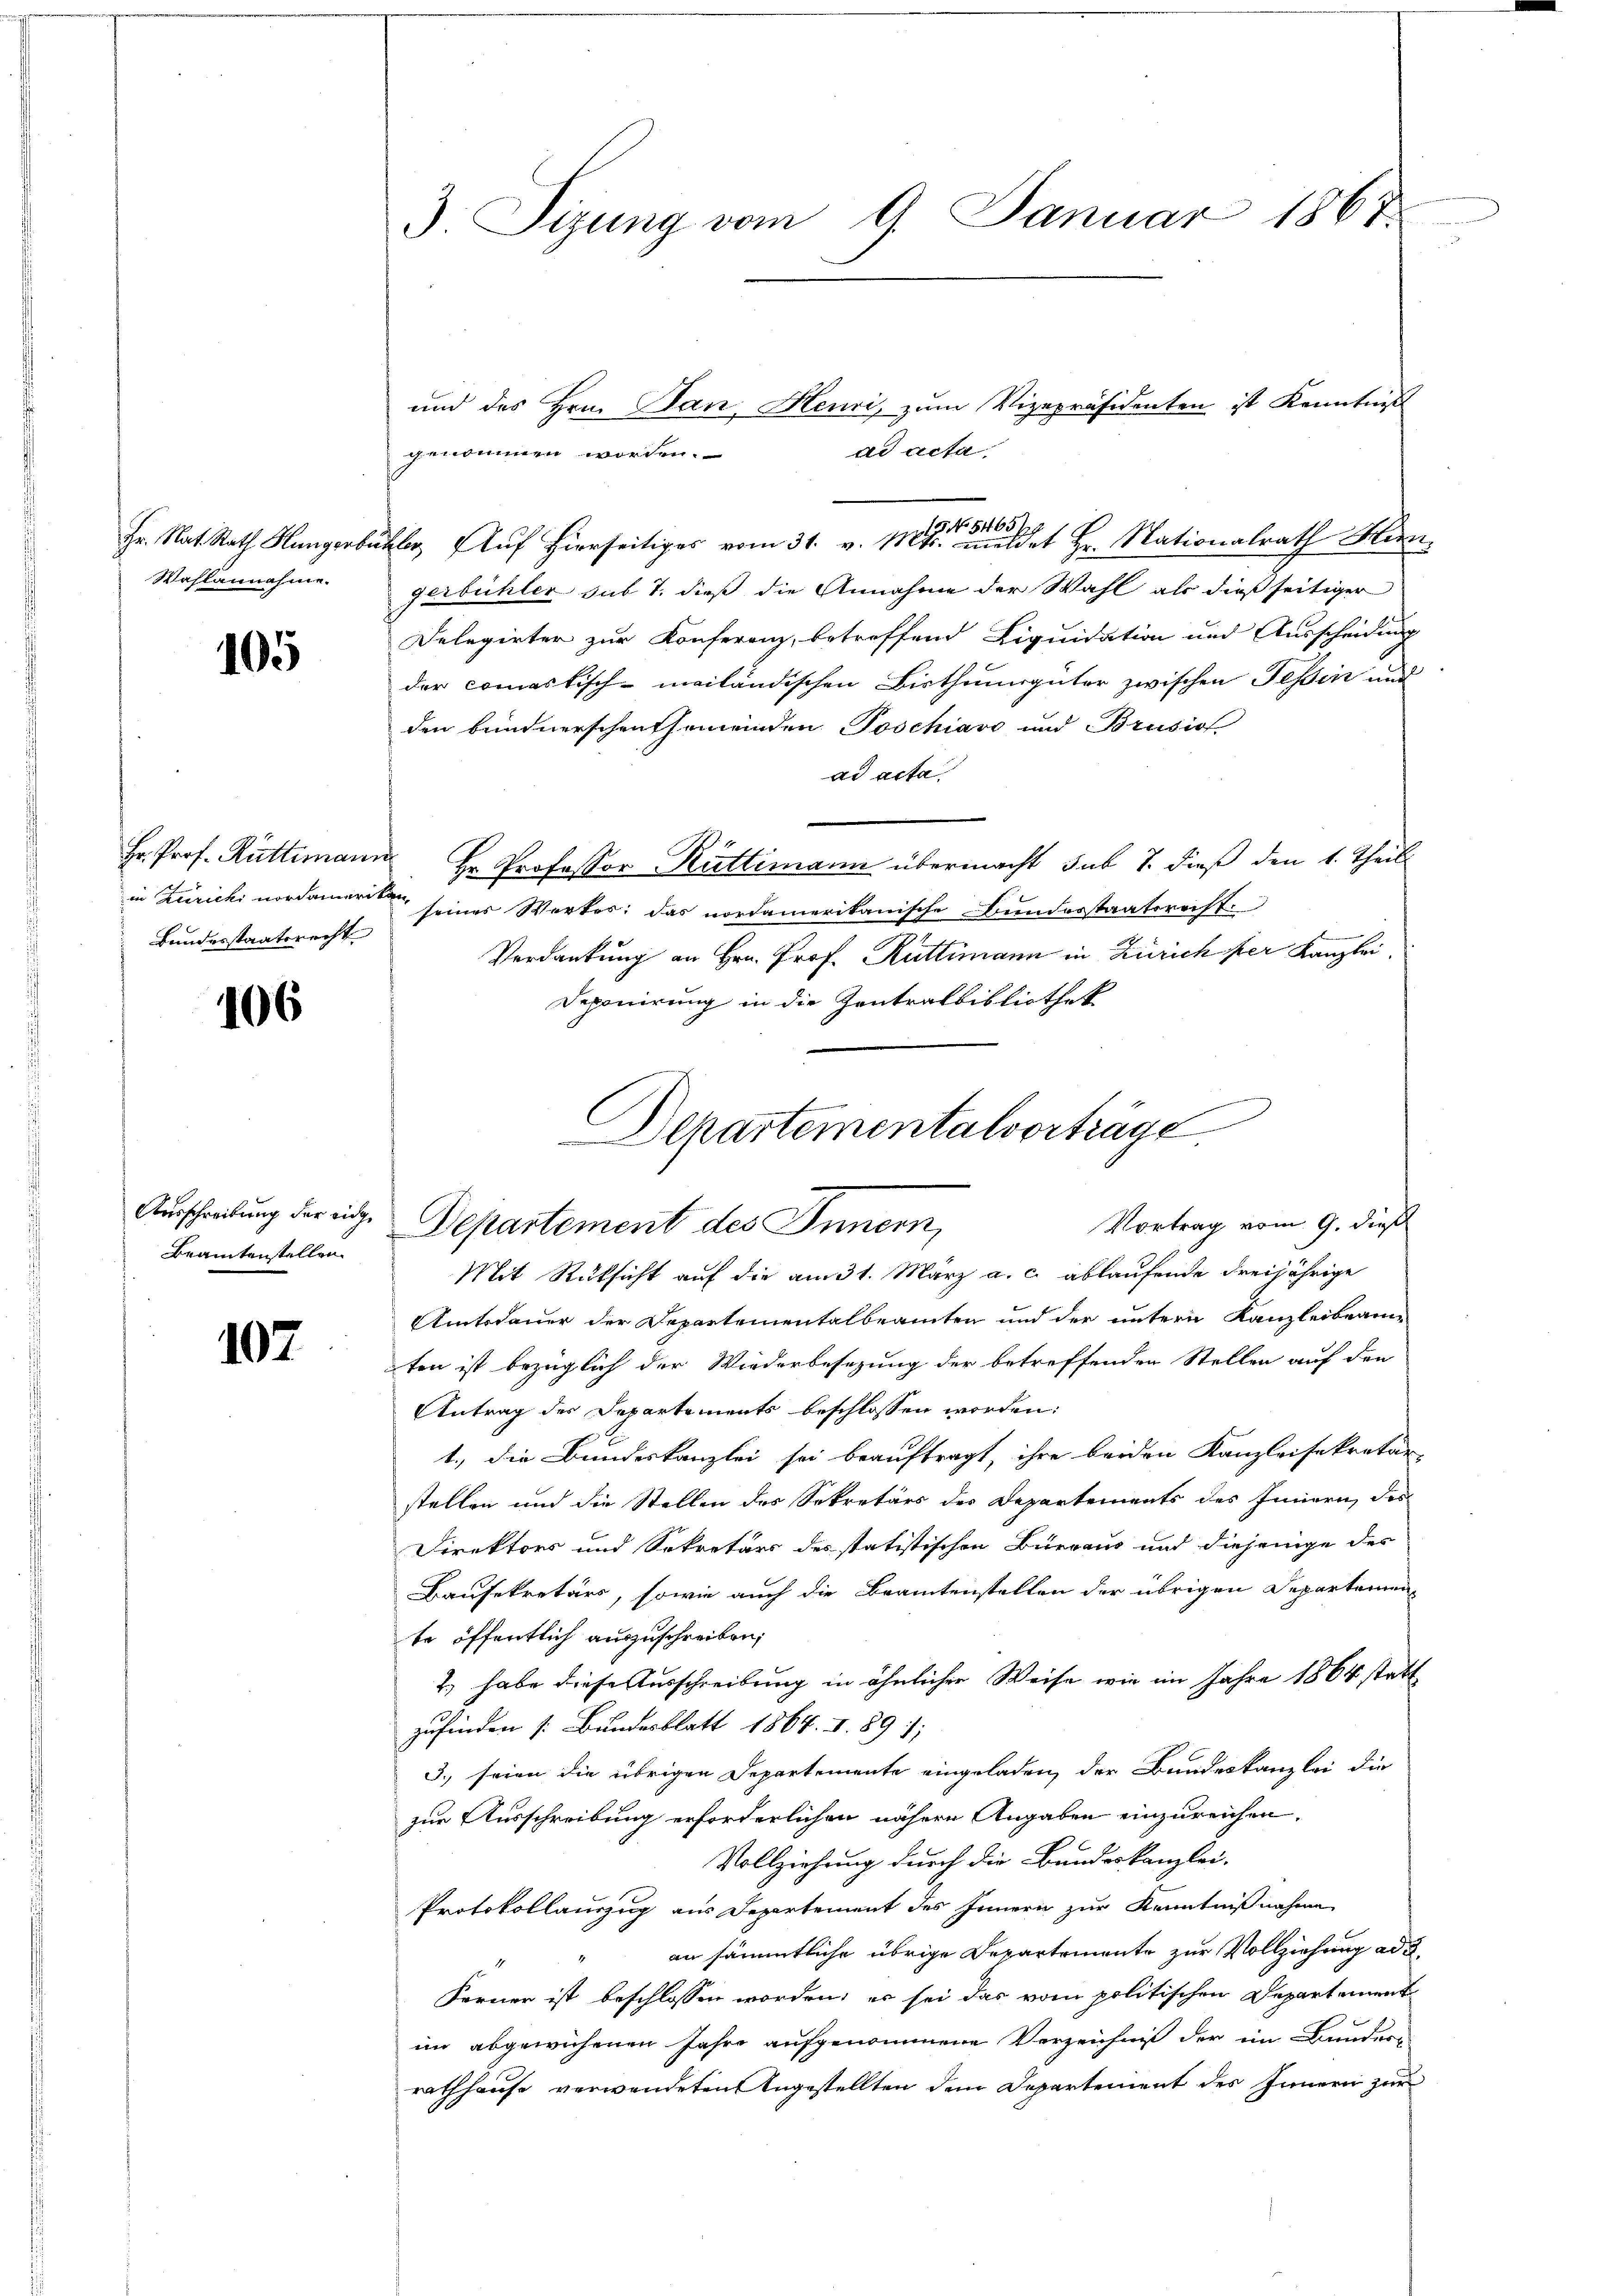
Wahlannahme.

105

genommen worden.
r Rath hierseitiges vom 31. v. Mts. et Hr. Nationalrath Hin
gerbüchler das 7. dieß die Annahme der Wahl als dießseitiger
Delegirter zur Konferenz, betroffend Liquidation und Ausscheidung
der commastisch-mailändischen Bisthumsgüter zwischen Tessin und
den bundnerschenthemeinden Poschiavo und Brusio
ad acta
Hr. Prof. Rüttimann Hr. Professor Rüttimann übermacht sub 7. dieß den 1. Theil
in Berichi nordamer seines Werkes: das nordamerikanische Bundesstaatsrecht.
Verdankung an Hrn. Prof. Rüttimann in Zürich per Kanzlei.
Deponirung in die Zentralbibliothek
Mit Rücksicht auf die am 31. März a. c. ablaufende dreijährige
Amtsdauer der Departementalbeamten und der untern Kanzleibeam-
ten ist bezüglich der Wiederbesezung der betreffenden Stellen auf den
Antrag des Departements beschlossen worden:
1., die Bundeskanzlei sei beauftragt, ihre beiden Kanzleisekretär
stellen und die Stellen des Sekretärs des Departements des Innern des
Direktors und Sekretärs des statistischen Bueraus und diejenige des
Kausekretärs, sowie auch die Beamtenstellen der übrigen Departemen
te öffentlich auszuschreiben,
2.) habe diese Ausschreibung in ähnlicher Weise wie im Jahre 1864 stattzufinden Bundesblatt 1864. I. 891;
3. seien die übrigen Departemente eingeladen, der Bundeskanzlei die
zur Ausschreibung erforderlichen nähere Angaben einzureichen.
Vollziehung durch die Bundeskanzlei-
Protokollauszug aus Departement des Innern zur Kenntnißnahme
an sämmtliche übrige Departemente zur Vollziehung ad 2
Ferner ist beschlossen worden; es sei das vom politischen Departement
im abgewichenen Jahre aufgenommene Verzeichniß der im Bundern
rathhause verwendeten Angestellten dem Departement des Innern zur

Bundesstaatsrecht

106

Beamtenstellen.

107

3. Sizung vom 9. Januar 1867

und des Hrn. Jan. Heuri, zum Vizepräsidenten ist Kenntniß
ad acta,

g
Departementalvorträge
Ausschreibung der eige Departement des Innern,
Vortrag vom 9. dieß